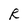
Character: R